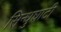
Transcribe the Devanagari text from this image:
सिन्‍धुघाटी